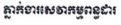
ភ្នាក់ងារសេវាកម្មពន្ធដារ